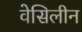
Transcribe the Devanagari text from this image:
वेसिलीन